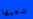
ضعيها